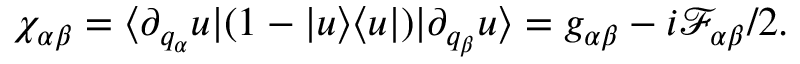
\chi _ { \alpha \beta } = \langle \partial _ { q _ { \alpha } } u | ( 1 - | u \rangle \langle u | ) | \partial _ { q _ { \beta } } u \rangle = g _ { \alpha \beta } - i \mathcal { F } _ { \alpha \beta } / 2 .